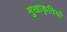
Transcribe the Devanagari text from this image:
मुखाकृतियों